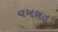
વખબત